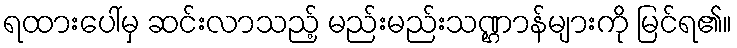
ရထားပေါ်မှ ဆင်းလာသည့် မည်းမည်းသဏ္ဌာန်များကို မြင်ရ၏။